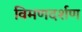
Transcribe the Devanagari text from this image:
विमणदर्शण